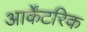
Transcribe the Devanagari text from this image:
आर्केंटरिक